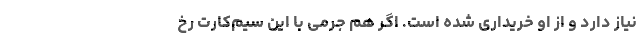
نیاز دارد و از او خریداری شده است. اگر هم جرمی با این سیم‌کارت رخ